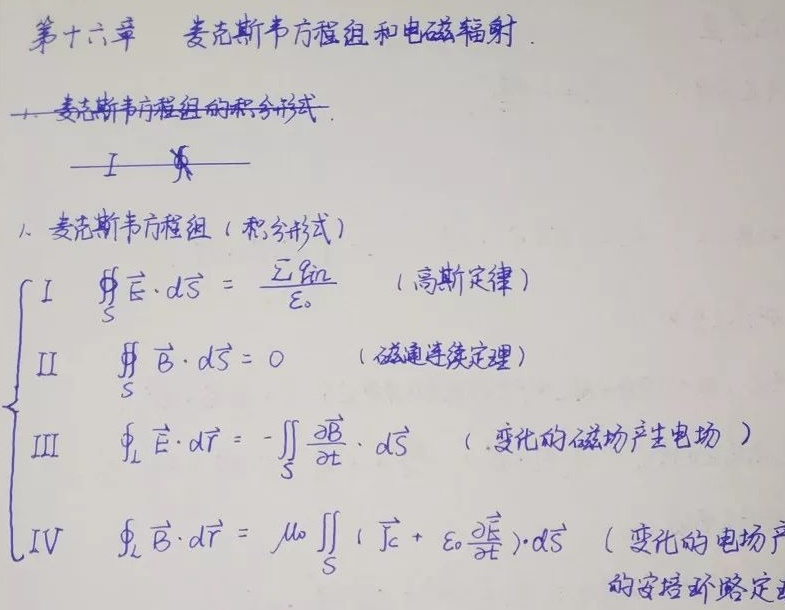
第十六章 麦克斯韦方程组和电磁辐射

1. 麦克斯韦方程组的积分形式.
——Ⅰ——
1. 麦克斯韦方程组（积分形式）
\[\begin{cases}
I\quad \oiint_{S} \vec{E}\cdot d\vec{S}=\frac{\sum q_{in}}{\varepsilon_{0}}\quad （高斯定律）\\
II\quad \oiint_{S} \vec{B}\cdot d\vec{S}=0\quad （磁通连续定理）\\
III\quad \oint_{L} \vec{E}\cdot d\vec{l}=-\iint_{S} \frac{\partial\vec{B}}{\partial t}\cdot d\vec{S}\quad （变化的磁场产生电场）\\
IV\quad \oint_{L} \vec{B}\cdot d\vec{l}=\mu_{0}\iint_{S} (\vec{J}_{c}+\varepsilon_{0}\frac{\partial\vec{E}}{\partial t})\cdot d\vec{S}\quad （变化的电场产生的安培环路定理）
\end{cases}\]